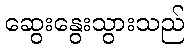
ဆွေးနွေးသွားသည်